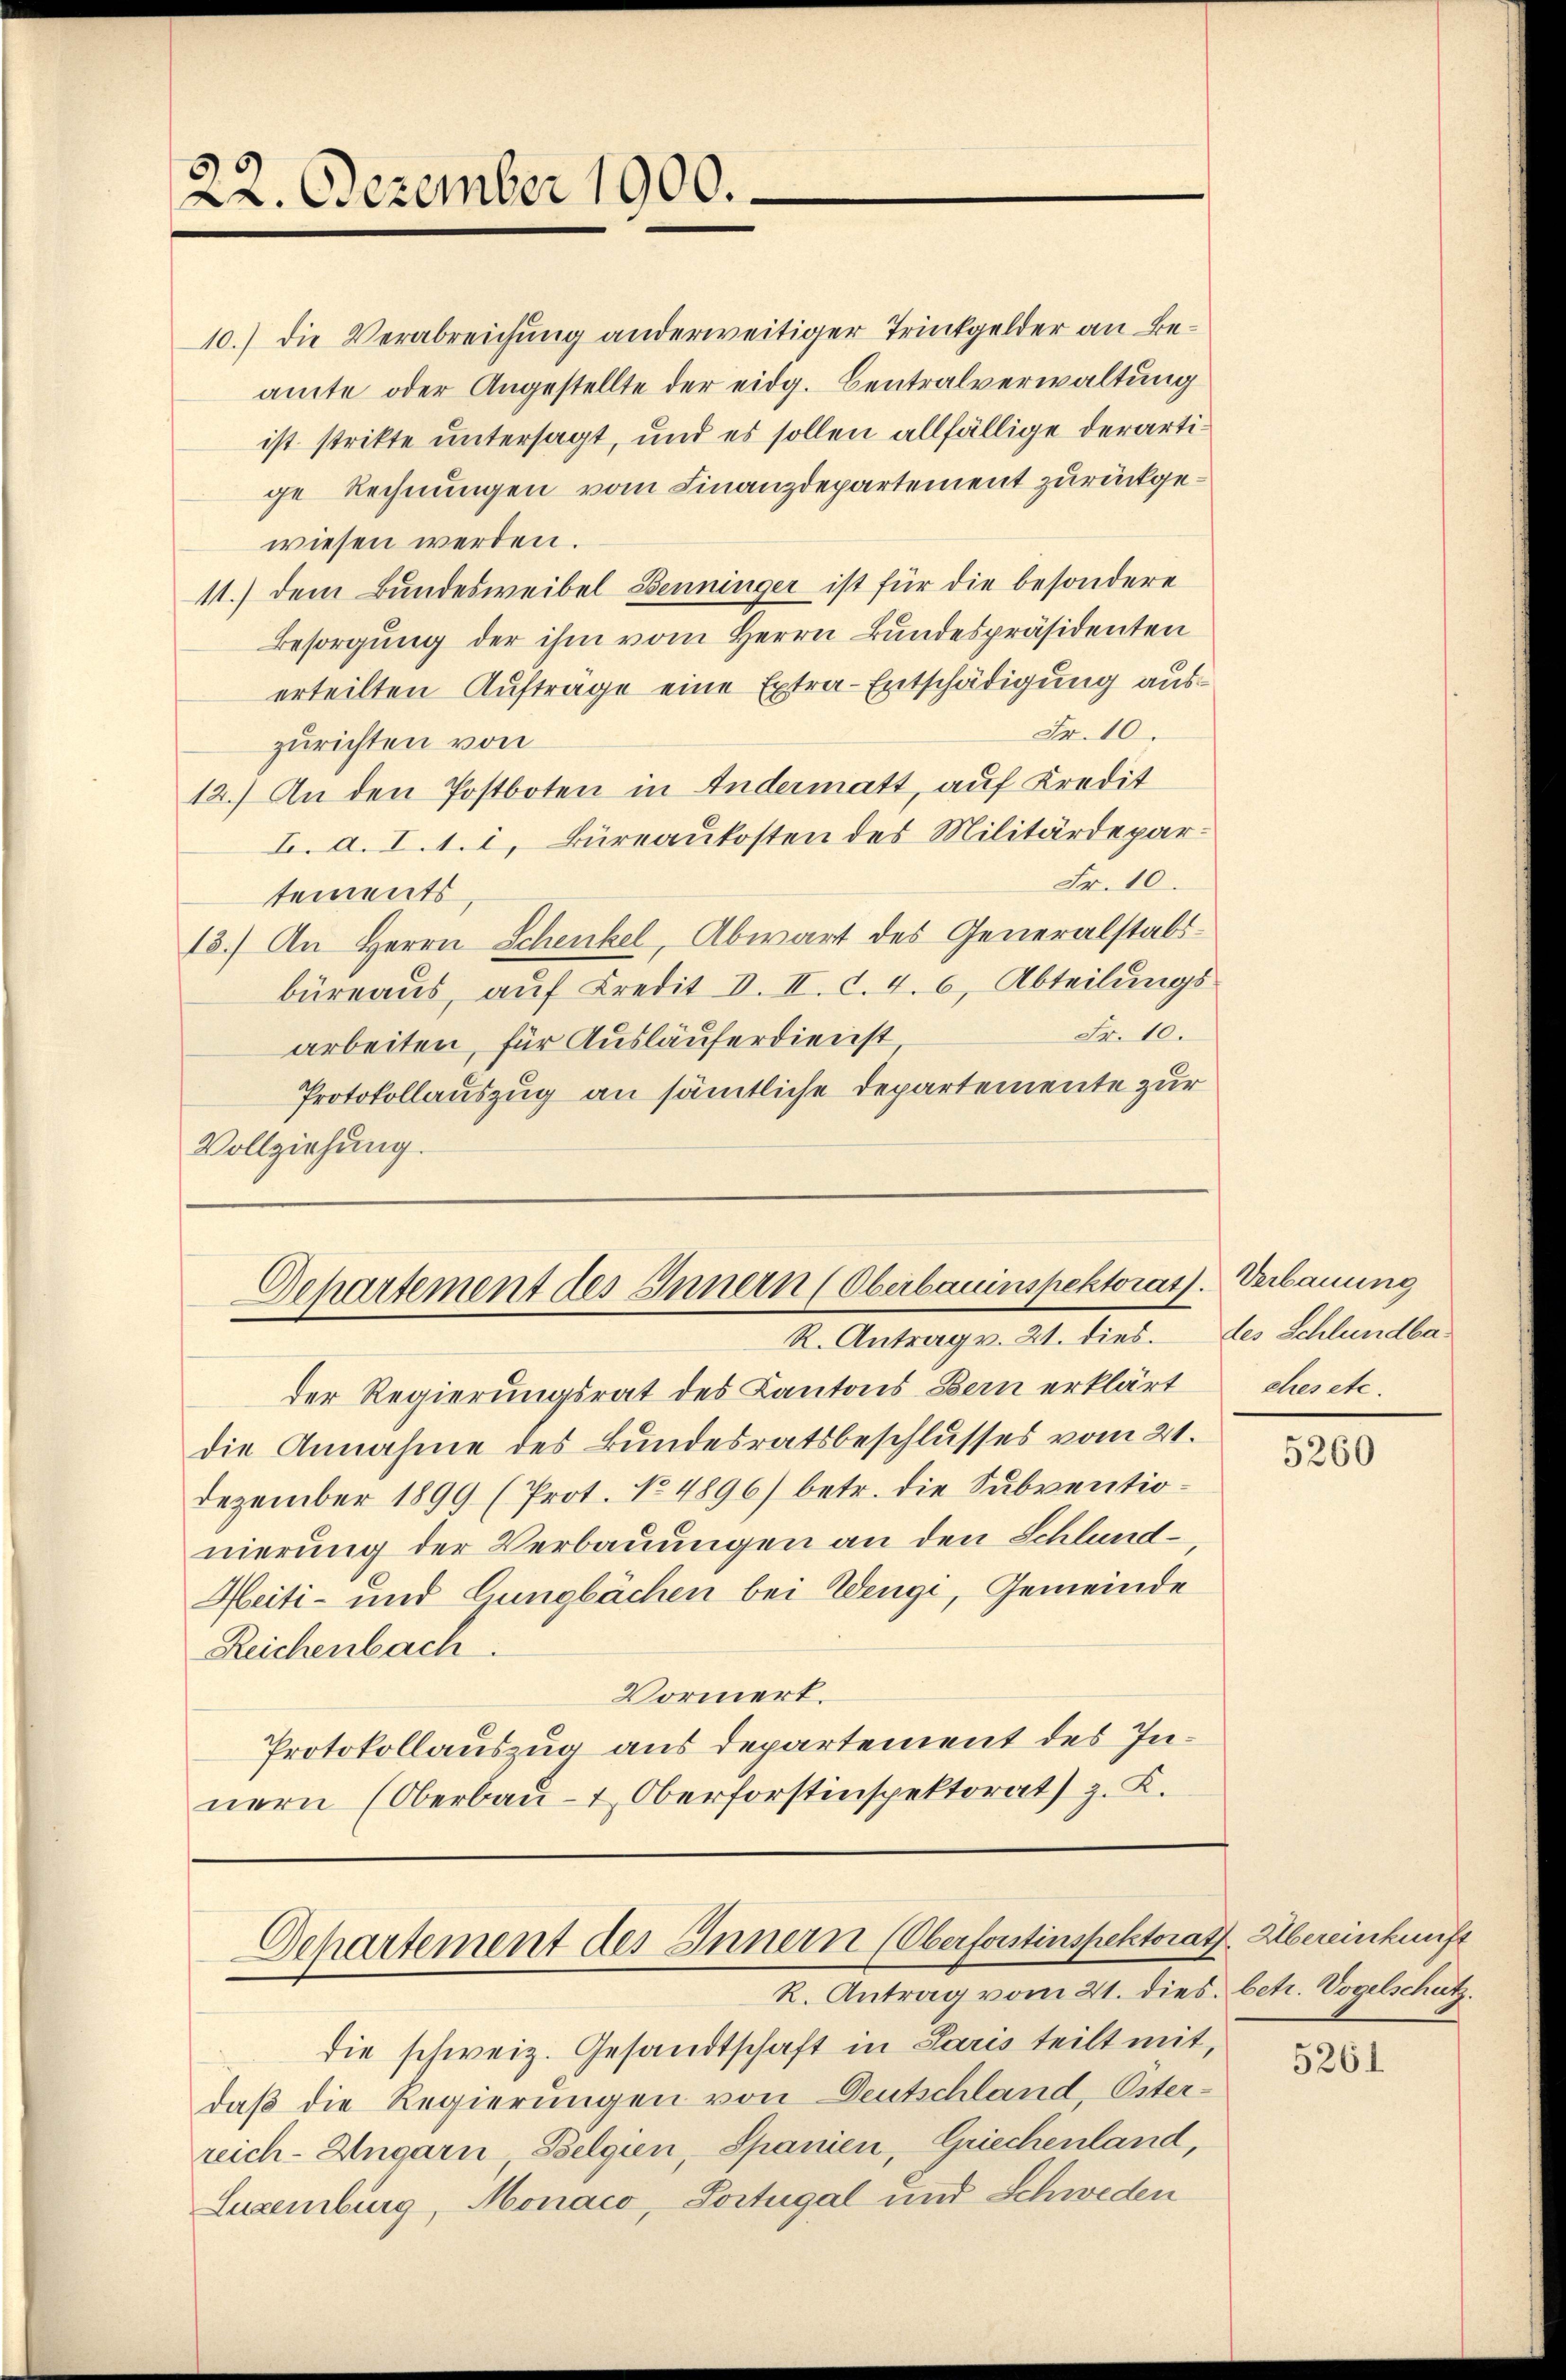
22. Dezember 1900.

Dehartement des Innern (Oberbauinspektorats. Verbauung
R. Antrag v. 21. dies. des Schlündba¬

C
Departement des Innern (Oberforstinspektorat. Übereinkunft
R. Antrag vom 21. dies. betr. Vogelschutz.

10.) Die Verabreichung anderweitiger Trinkgelder an Beamte oder Angestellte der eidg. Centralverwaltung
ist stritte untersagt, und es sollen allfällige derartige Rechnungen vom Finanzdepartement zurückgewiesen werden.
11.) dem Bundesweibel Benninger ist für die besondere
Besorgŭng der ihm vom Herrn Bundespräsidenten
erteilten Aufträge eine Extra-Entschädigung aus¬
Fr. 10.
zurichten von
12.) An den Postboten in Andermatt, auf Kredit
I. a. I. 1. i, Büreaukosten des Militärdepar¬
Fr. 10.
tements,
13.) An Herrn Schenkel, Abwart des Generalstabsbüreaus, auf Kredit d. II. d. 4. 6, Abteilungs
Fr. 10.
arbeiten, für Ausläuferdienst
Protokollauszug an sämtliche Departemente zur
Vollziehung.

der Regierungsrat des Kantons Bern erklärt
die Annahme des Bundesratsbeschlusses vom 21.
Dezember 1899 (Prot. No 4896) betr. die Subventionierung der Verbauungen an den Schlund¬
Heiti- und Gungbächen bei Wengi, Gemeinde
Reichenbach.
Vormert.
Protokollauszug aus departement des Innern (Oberbau- & Oberforstinspektorat) z. K.

die schweiz. Gesandtschaft in Paris teilt mit,
daß die Regierungen von Deutschland, Oster-
reich-Ungarn, Belgien Spanien, Griechenland,
Luxenburg, Monaco, Portugal und Schweden

ches etc.

5260

5261